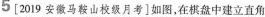
5 [2019安徽马鞍山校级月考]如图，在棋盘中建立直角